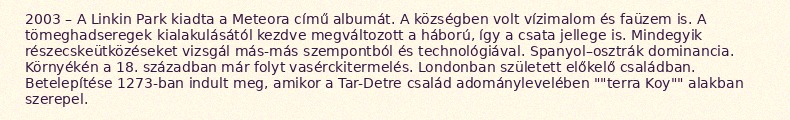
2003 – A Linkin Park kiadta a Meteora című albumát. A községben volt vízimalom és faüzem is. A tömeghadseregek kialakulásától kezdve megváltozott a háború, így a csata jellege is. Mindegyik részecskeütközéseket vizsgál más-más szempontból és technológiával. Spanyol–osztrák dominancia. Környékén a 18. században már folyt vasérckitermelés. Londonban született előkelő családban. Betelepítése 1273-ban indult meg, amikor a Tar-Detre család adománylevelében ""terra Koy"" alakban szerepel.